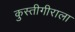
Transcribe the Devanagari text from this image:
कुस्तीगीराला